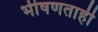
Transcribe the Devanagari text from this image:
भीषणताही